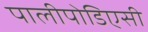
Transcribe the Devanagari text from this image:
पालीपोडिएसी